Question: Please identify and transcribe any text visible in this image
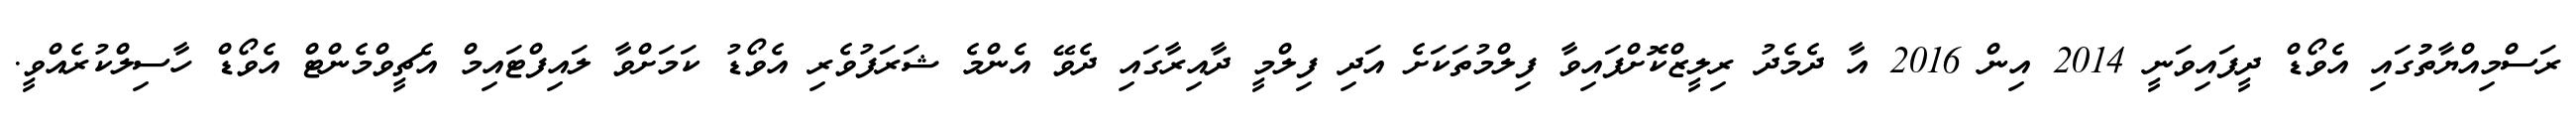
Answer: ރަސްމިއްޔާތުުގައި އެވޯޑް ދީފައިވަނީ 2014 އިން 2016 އާ ދެމެދު ރިލީޒްކޮށްފައިވާ ފިލްމުތަކަށެ އަދި ފިލްމީ ދާއިރާގައި ދެވޭ އެންމެ ޝަރަފުވެރި އެވޯޑު ކަމަށްވާ ލައިފްޓައިމް އެޗީވްމެންޓް އެވޯޑް ހާސިލްކުރެއްވީ.